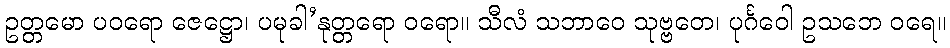
ဥတ္တမော ပဝရော ဇေဋ္ဌော၊ ပမုခါ’နုတ္တရော ဝရော။ သီလံ သဘာဝေ သုဗ္ဗတေ၊ ပုင်္ဂဝေါ ဥသဘေ ဝရေ။